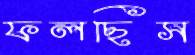
ফলছিস